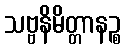
သဗ္ဗနိမိတ္တာနဉ္စ